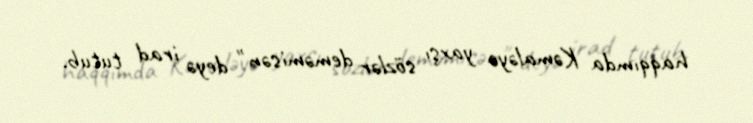
haqqımda Kəmaləyə yaxşı sözlər deməmisən" deyə irad tutub.